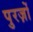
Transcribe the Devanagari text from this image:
पुरज़ों